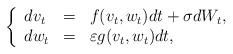
LaTeX: \begin{align*}\left\{\begin{array}{lcl}dv_{t}&=&f(v_{t},w_{t})dt+\sigma dW_{t},\\dw_{t}&=&\varepsilon g(v_{t},w_{t})dt,\end{array}\right.\end{align*}